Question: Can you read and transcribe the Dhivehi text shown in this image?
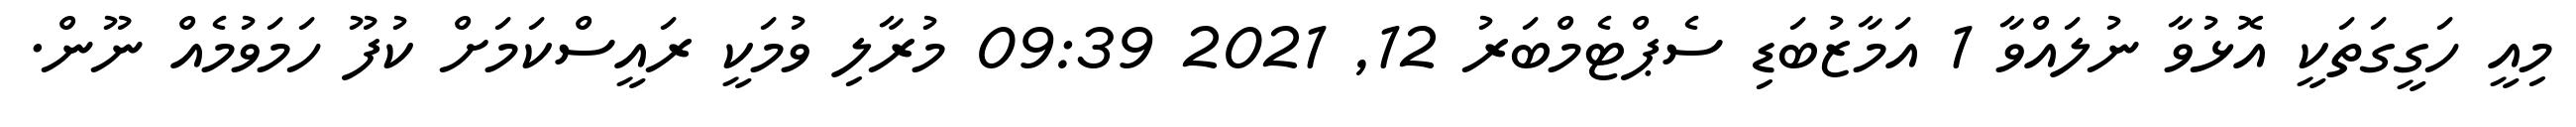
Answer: މިއީ ހަގީގަތަކީ އޮޅުވާ ނުލައްވާ 1 އަމާޒުބަޑި ސެޕްޓެމްބަރު 12, 2021 09:39 މުރާލި ވުމަކީ ރައީސްކަމަށް ކުފޫ ހަމަވުމެއް ނޫން.